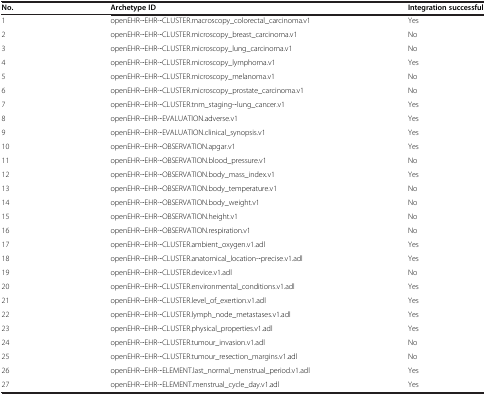
| No. | Archetype ID | Integration successful |
 | --- | --- | --- |
 | 1 | openEHR‐EHR‐CLUSTER.macroscopy_colorectal_carcinoma.v1 | Yes |
 | 2 | openEHR‐EHR‐CLUSTER.microscopy_breast_carcinoma.v1 | No |
 | 3 | openEHR‐EHR‐CLUSTER.microscopy_lung_carcinoma.v1 | No |
 | 4 | openEHR‐EHR‐CLUSTER.microscopy_lymphoma.v1 | Yes |
 | 5 | openEHR‐EHR‐CLUSTER.microscopy_melanoma.v1 | No |
 | 6 | openEHR‐EHR‐CLUSTER.microscopy_prostate_carcinoma.v1 | No |
 | 7 | openEHR‐EHR‐CLUSTER.tnm_staging‐lung_cancer.v1 | Yes |
 | 8 | openEHR‐EHR‐EVALUATION.adverse.v1 | Yes |
 | 9 | openEHR‐EHR‐EVALUATION.clinical_synopsis.v1 | Yes |
 | 10 | openEHR‐EHR‐OBSERVATION.apgar.v1 | Yes |
 | 11 | openEHR‐EHR‐OBSERVATION.blood_pressure.v1 | No |
 | 12 | openEHR‐EHR‐OBSERVATION.body_mass_index.v1 | Yes |
 | 13 | openEHR‐EHR‐OBSERVATION.body_temperature.v1 | No |
 | 14 | openEHR‐EHR‐OBSERVATION.body_weight.v1 | No |
 | 15 | openEHR‐EHR‐OBSERVATION.height.v1 | No |
 | 16 | openEHR‐EHR‐OBSERVATION.respiration.v1 | No |
 | 17 | openEHR‐EHR‐CLUSTER.ambient_oxygen.v1.adl | Yes |
 | 18 | openEHR‐EHR‐CLUSTER.anatomical_location‐precise.v1.adl | Yes |
 | 19 | openEHR‐EHR‐CLUSTER.device.v1.adl | No |
 | 20 | openEHR‐EHR‐CLUSTER.environmental_conditions.v1.adl | Yes |
 | 21 | openEHR‐EHR‐CLUSTER.level_of_exertion.v1.adl | Yes |
 | 22 | openEHR‐EHR‐CLUSTER.lymph_node_metastases.v1.adl | Yes |
 | 23 | openEHR‐EHR‐CLUSTER.physical_properties.v1.adl | Yes |
 | 24 | openEHR‐EHR‐CLUSTER.tumour_invasion.v1.adl | No |
 | 25 | openEHR‐EHR‐CLUSTER.tumour_resection_margins.v1.adl | No |
 | 26 | openEHR‐EHR‐ELEMENT.last_normal_menstrual_period.v1.adl | Yes |
 | 27 | openEHR‐EHR‐ELEMENT.menstrual_cycle_day.v1.adl | Yes |